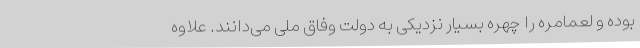
بوده و لعمامره را چهره بسیار نزدیکی به دولت وفاق ملی می‌دانند. علاوه